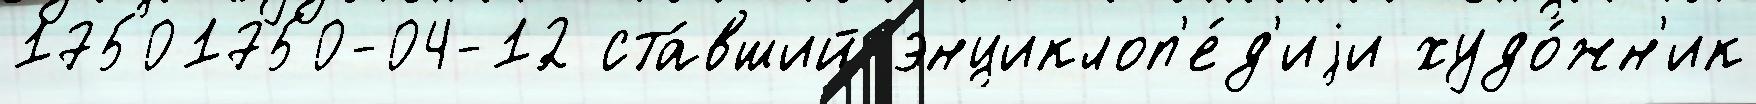
17501750-04-12 ста́вший энциклоп'е́д'иjи худо́жн'ик